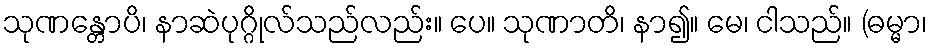
သုဏန္တောပိ၊ နာဆဲပုဂ္ဂိုလ်သည်လည်း။ ပေ။ သုဏာတိ၊ နာ၍။ မေ၊ ငါသည်။ (ဓမ္မာ၊